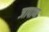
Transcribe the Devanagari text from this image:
जापाण